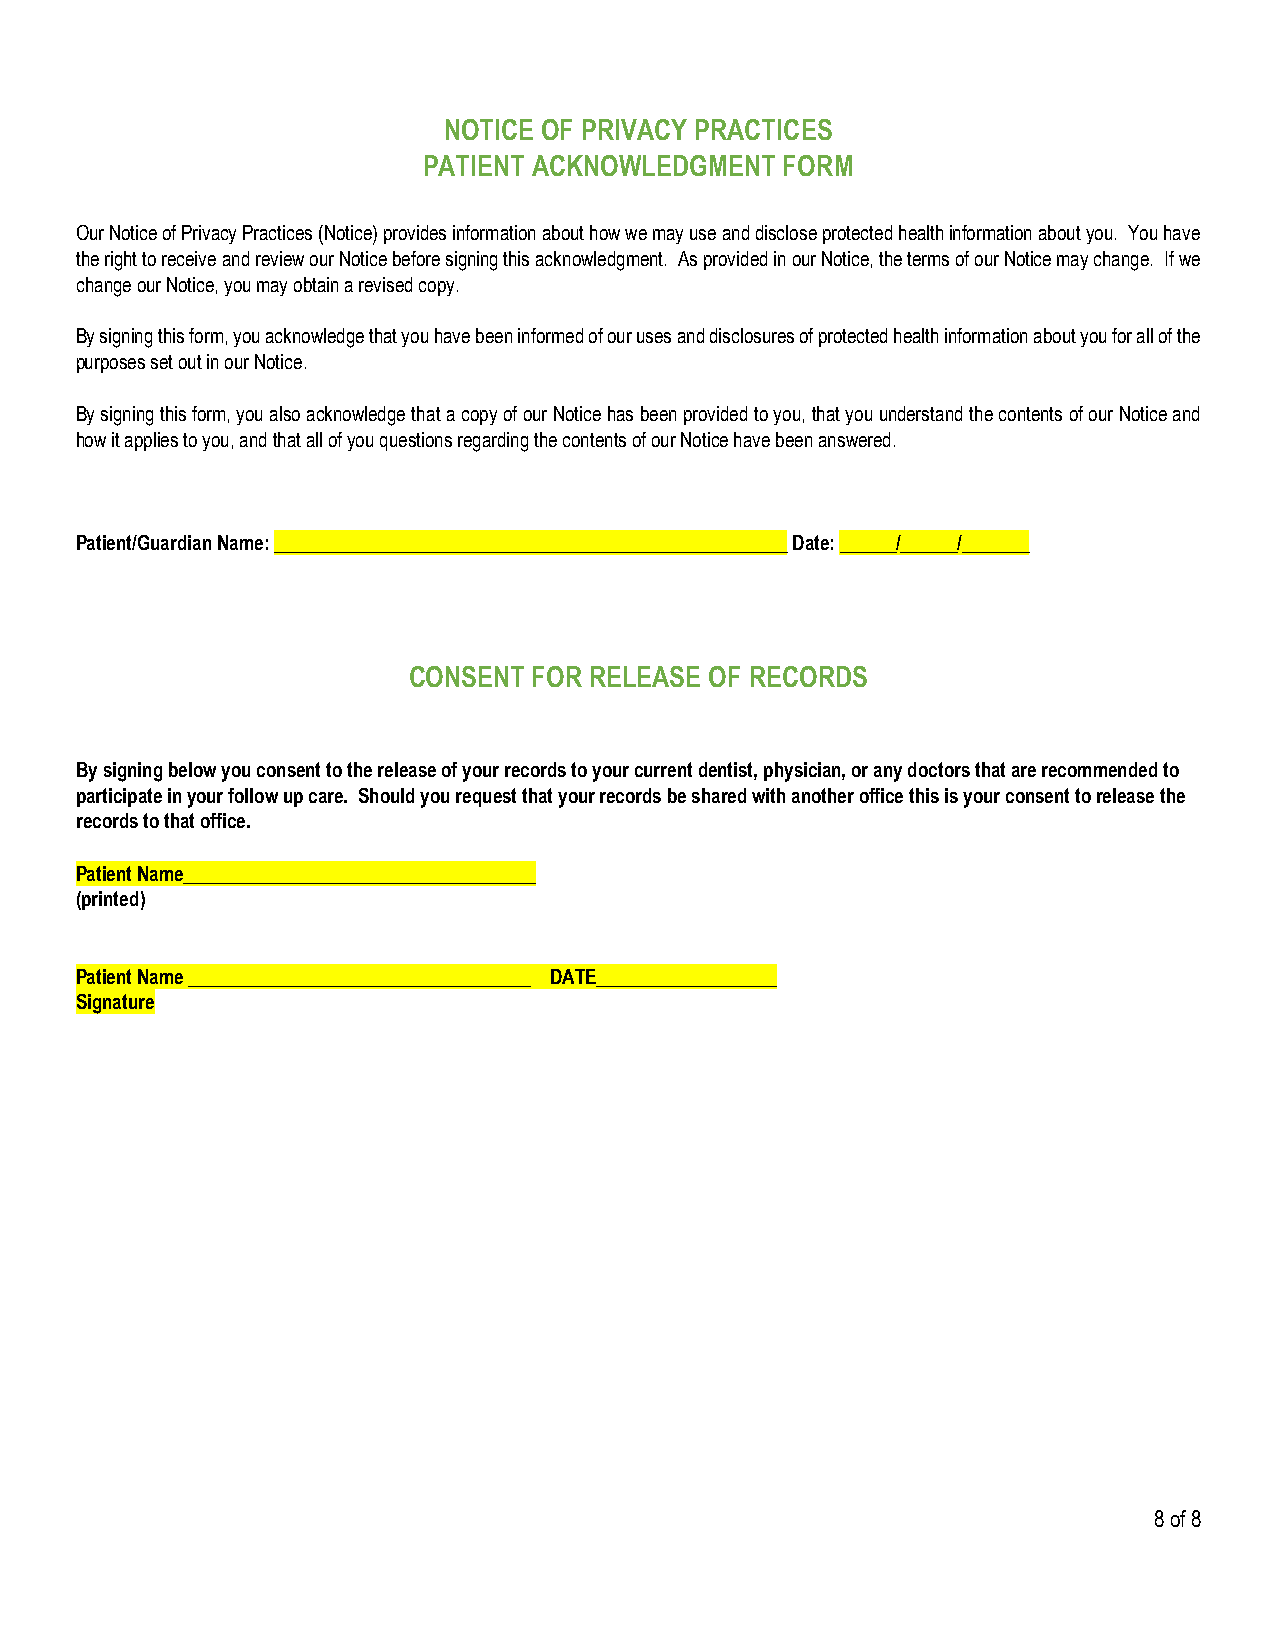
NOTICE OF PRIVACY PRACTICES
 PATIENT ACKNOWLEDGMENT  FORM
 Our Notice of Privacy Practices (Notice) provides information about how we may use and disclose protected health information about you. You have
 the right to receive and review our Notice before signing this acknowledgment. As provided in our Notice, the terms of our Notice may change. If we
 change our Notice, you may obtain a revised copy.
 By signing this form, you acknowledge that you have been informed of our uses and disclosures of protected health information about you for all of the
 purposes set out in our Notice.
 By signing this form, you also acknowledge that a copy of our Notice has been provided to you, that you understand the contents of our Notice and
 how it applies to you, and that all of you questions regarding the contents of our Notice have been answered.
 Patient/Guardian Name: ______________________________________________________ Date: ______/______/_______
 CONSENT FOR RELEASE OF RECORDS
 By signing below you consent to the release of your records to your current dentist, physician, or any doctors that are recommended to
 participate in your follow up care. Should you request that your records be shared with another office this is your consent to release the
 records to that office.
 Patient Name_____________________________________
 (printed)
 Patient Name ____________________________________ DATE___________________
 Signature
 8 of 8